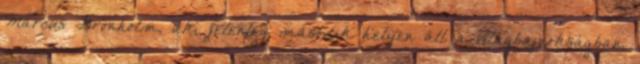
Marcus Grönholm, aki jelenleg második helyen áll a világbajnokságban,